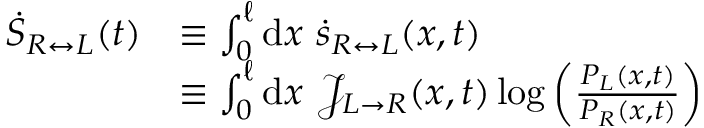
\begin{array} { r l } { \dot { S } _ { R \leftrightarrow L } ( t ) } & { \equiv \int _ { 0 } ^ { \ell } \mathrm { d } x ~ \dot { s } _ { R \leftrightarrow L } ( x , t ) } \\ & { \equiv \int _ { 0 } ^ { \ell } \mathrm { d } x ~ \mathcal { J } _ { L \rightarrow R } ( x , t ) \log \left( \frac { P _ { L } ( x , t ) } { P _ { R } ( x , t ) } \right) } \end{array}